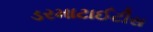
ડરમાટાઈટીસ